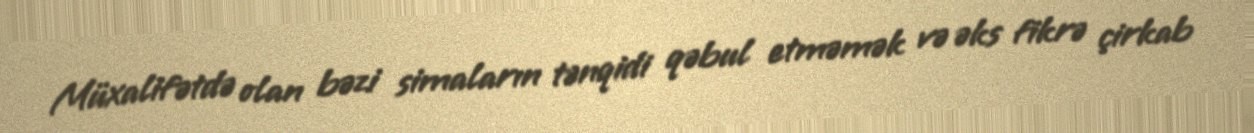
Müxalifətdə olan bəzi simaların tənqidi qəbul etməmək və əks fikrə çirkab